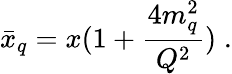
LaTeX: \bar{x}_{q}=x(1+{\frac{4m_{q}^{2}}{Q^{2}}})\; .